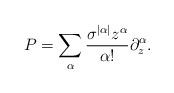
LaTeX: \begin{align*}P = \sum_{\alpha}\frac{\sigma^{|\alpha|}z^{\alpha}}{\alpha!} \partial_z^{\alpha}.\end{align*}